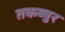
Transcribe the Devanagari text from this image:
तकब्बुर